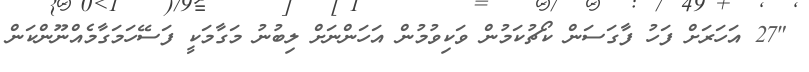
"27 އަހަރަށް ފަހު ފާގަސަން ކޯޗުކަމުން ވަކިވުމުން އަހަންނަށް ލިބުނު މަގާމަކީ ފަސޭހަމަގާމެއްނޫންކަން